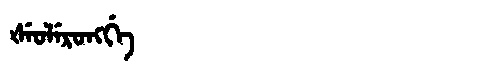
Manchu: ᡧᡝᠣᠯᡝᡵᠣᠩᡤᡝ
Romanization: ŠEOLERONGGE